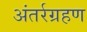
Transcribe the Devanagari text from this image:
अंतर्रग्रहण